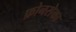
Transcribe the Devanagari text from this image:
फ़ोनसेका